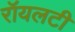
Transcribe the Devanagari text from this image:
रॉयलटी